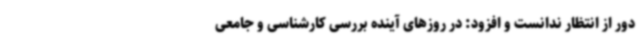
دور از انتظار ندانست و افزود: در روزهای آینده بررسی کارشناسی و جامعی